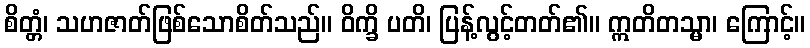
စိတ္တံ၊ သဟဇာတ်ဖြစ်သောစိတ်သည်။ ဝိက္ခိ ပတိ၊ ပြန့်လွင့်တတ်၏။ ဣတိတသ္မာ၊ ကြောင့်။